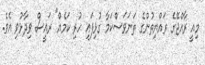
މިއީ ރާއްޖޭގެ ރައްޔިތުންގެ ތަނަވަސްކަމާ ގުޅިފައި ހުރި ކަމެއް" ރައީސް ވިދާޅުވި އެވެ.